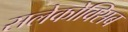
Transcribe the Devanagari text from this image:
सलेकोक्सिब